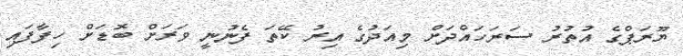
ޔޫރަޕްގެ އުތުރު ސަރަހައްދަށް މިއަދުގެ އިރު ކޭތަ ފެނުނީ ވަރަށް ބޮޑަށް ހިފާފައި